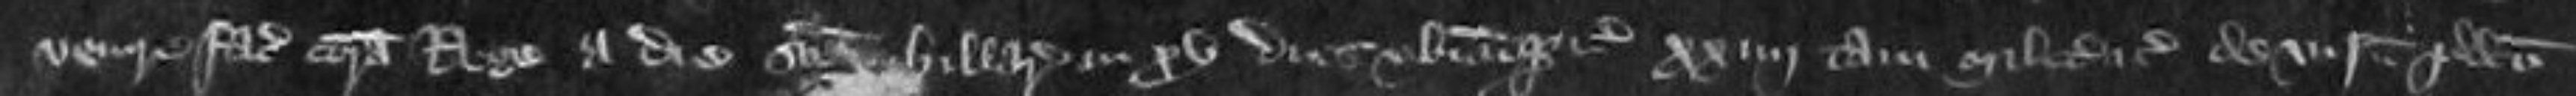
venire faciat coram Rege a die Sancti Hillarie in xv dies ubicumque etc xxiiii tam milites etc de visnetu predicto